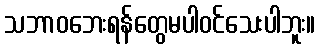
သဘာဝဘေးရန်တွေမပါဝင်သေးပါဘူး။